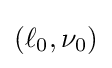
(\ell _{0},\nu _{0})